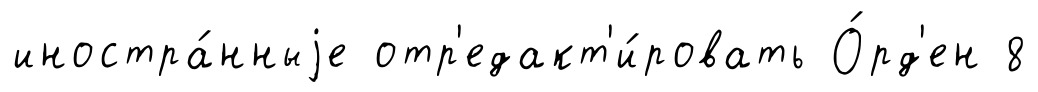
иностра́нныjе отр'едакт'и́ровать О́рд'ен 8